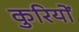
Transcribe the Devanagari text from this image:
कुरियों